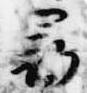
尋